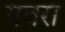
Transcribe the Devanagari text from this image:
पवरा